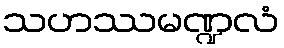
သဟဿမဏ္ဍလံ